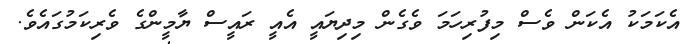
އެކަމަކު އެކަން ވެސް މިފުރިހަމަ ވެގެން މިދިޔައީ އެއީ ރައީސް ޔާމީންގެ ވެރިކަމުގައެވެ.